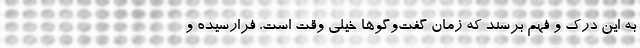
به این درک و فهم برسند که زمان گفت‌وگوها خیلی وقت است، فرارسیده و